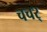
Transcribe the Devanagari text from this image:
चचर्